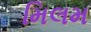
મિલમ